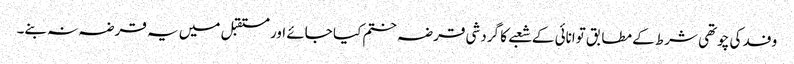
وفد کی چوتھی شرط کے مطابق توانائی کے شعبے کا گردشی قرضہ ختم کیا جائے اور مستقبل میں یہ قرضہ نہ بنے۔